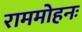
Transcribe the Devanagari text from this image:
राममोहनः